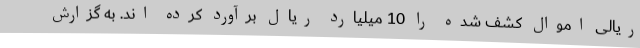
ریالی اموال کشف شده را 10 میلیارد ریال برآورد کرده اند. به گزارش